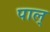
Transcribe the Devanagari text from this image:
पाल्